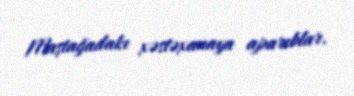
Maştağadakı xəstəxanaya aparıblar.